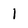
Character: 1